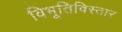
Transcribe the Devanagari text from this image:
विभूतिविस्तार